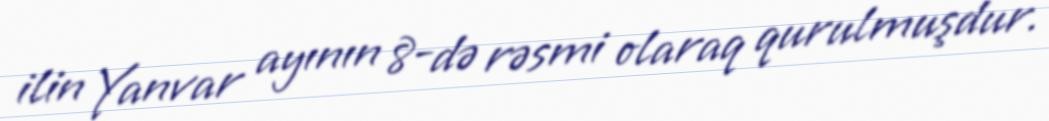
ilin Yanvar ayının 8-də rəsmi olaraq qurulmuşdur.